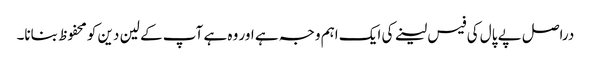
دراصل پے پال کی فیس لینے کی ایک اہم وجہ ہے اور وہ ہے آپ کے لین دین کو محفوظ بنانا۔